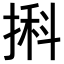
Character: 𢱃